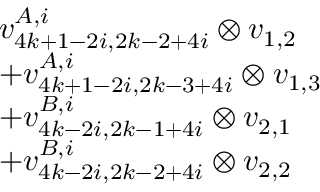
\begin{array} { r l } & { v _ { 4 k + 1 - 2 i , 2 k - 2 + 4 i } ^ { A , i } \otimes v _ { 1 , 2 } } \\ & { + v _ { 4 k + 1 - 2 i , 2 k - 3 + 4 i } ^ { A , i } \otimes v _ { 1 , 3 } } \\ & { + v _ { 4 k - 2 i , 2 k - 1 + 4 i } ^ { B , i } \otimes v _ { 2 , 1 } } \\ & { + v _ { 4 k - 2 i , 2 k - 2 + 4 i } ^ { B , i } \otimes v _ { 2 , 2 } } \end{array}